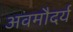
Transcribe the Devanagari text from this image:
अवमौदर्य